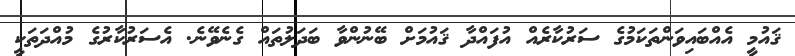
ޤައުމީ އެއްބައިވަންތަކަމުގެ ސަރުކާރެއް އުފައްދާ ޤައުމަށް ބޭނުންވާ ބަދަލުތައް ގެނެވޭނެ. އެސަރުކާރުގެ މުއްދަތަކީ